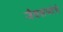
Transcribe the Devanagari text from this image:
जैवसंपदेचे